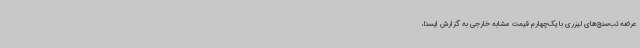
عرضه تب‌سنج‌های لیزری با یک‌چهارم قیمت مشابه خارجی به گزارش ایسنا،